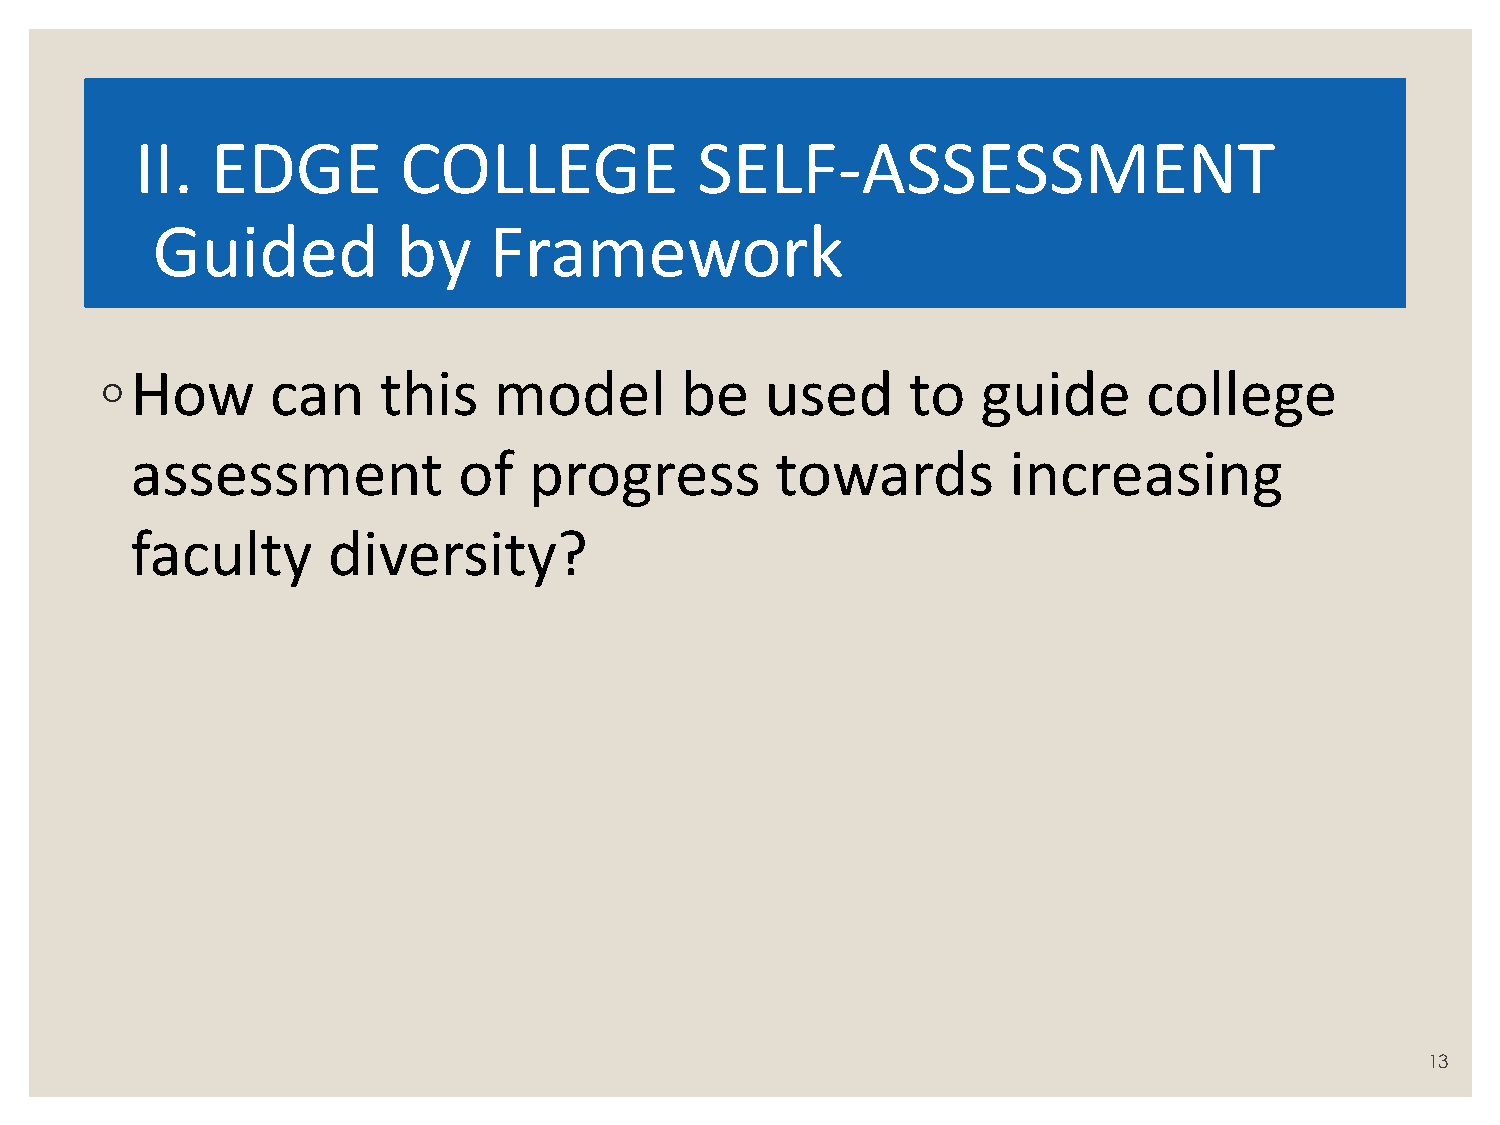
II.  EDGE        COLLEGE             SELF-ASSESSMENT
 Guided          by    Framework
 ◦ How      can    this    model       be    used     to   guide      college
 assessment           of   progress        towards         increasing
 faculty      diversity?
 13